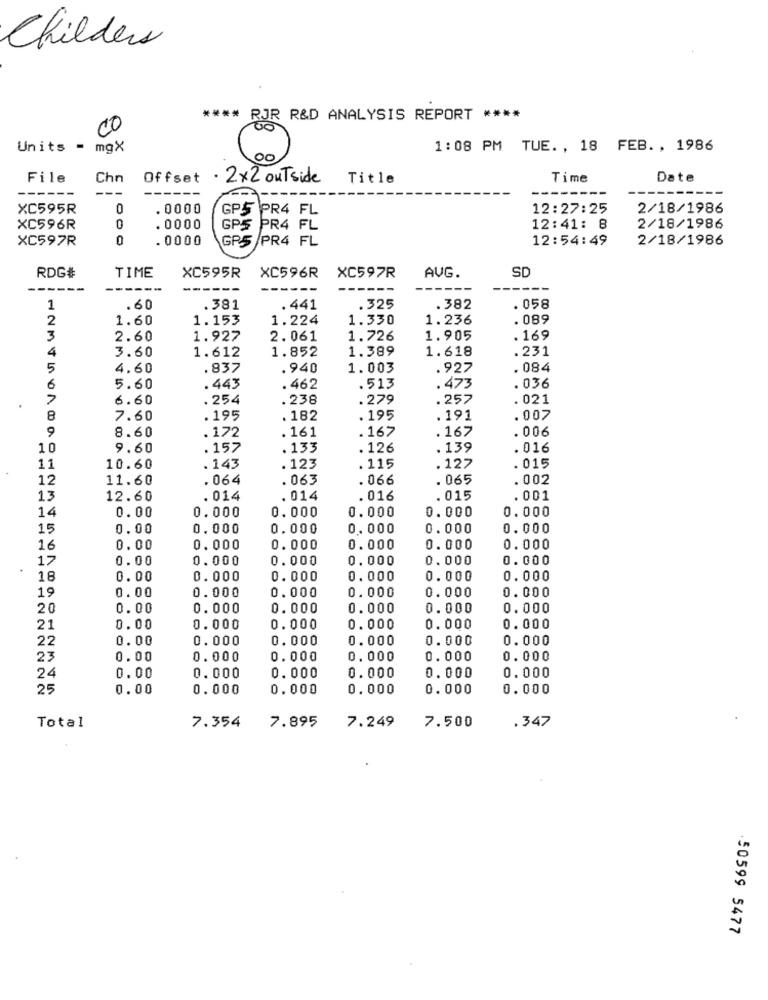
Childers
**** RJR R&D ANALYSIS REPORT ****
CO
Units =
mgX
1:08 PM TUE. , 18 FEB. , 1986
00
File
Chn
Offset · 2×2 outside
Title
Time
Date
------
---
XC595R
0
. 0000
GPS
PR4 FL
12:27:25
2/18/1986
C
XC596R
. 0000
GPS PR4 FL
12:41: 8
2/18/1986
XC597R
0
. 0000
GPS /PR4 FL
12:54:49
2/18/1986
XC596R
AUG.
SD
RDG#
TIME
XC595R
XC597R
-----
---
---
---
1
.60
.381
. 441
.325
.382
. 058
2
1.60
1.153
1.224
1.330
1.236
. 089
3
2.60
1.927
2.061
1.726
1.905
.169
4
3.60
1.612
1.852
1.389
1.618
.231
5
4.60
.837
. 940
1.003
.927
. 084
6
5.60
.443
. 462
.513
. 473
. 036
6.60
. 254
. 238
.279
. 257
. 021
8
7.60
.195
. 182
.195
.191
.007
9
8.60
.172
.167
. 167
. 006
.161
10
9.60
.157
.133
. 126
. 139
.016
. 015
11
10.60
. 143
. 123
.115
. 127
12
11.60
. 064
. 063
. 066
.065
. 002
13
12.60
. 014
. 014
. 016
.015
.001
14
0.000
0.00
0.000
0.000
0.000
0.000
15
0.00
0.000
0.000
0.000
0.000
0.000
16
0.00
0.000
0. 000
0.000
0.000
0.000
17
0.00
0.000
0.000
0.000
0.000
0.000
18
0.00
0.000
0.000
0.000
0.000
0.000
19
0.00
0.000
0.000
0.000
0.000
0.000
20
0.00
0.000
0.000
0.000
0.000
0.000
21
0.00
0.000
0.000
0.000
0.000
0.000
22
0.00
0.000
0.000
0.000
0.000
0.000
23
0.00
0.000
0.000
0.000
0.000
0.000
24
0.000
0.000
0.000
0.000
0.00
0.000
25
0.00
0.000
0.000
0.000
0.000
0.000
Total
7.354
7.895
7.249
7.500
.347
.50599 5477